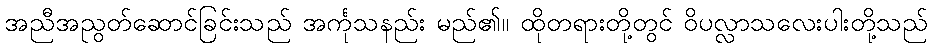
အညီအညွတ်ဆောင်ခြင်းသည် အင်္ကုသနည်း မည်၏။ ထိုတရားတို့တွင် ဝိပလ္လာသလေးပါးတို့သည်